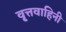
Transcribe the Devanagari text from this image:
वृ्त्तवाहिनी